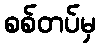
စစ်တပ်မှ